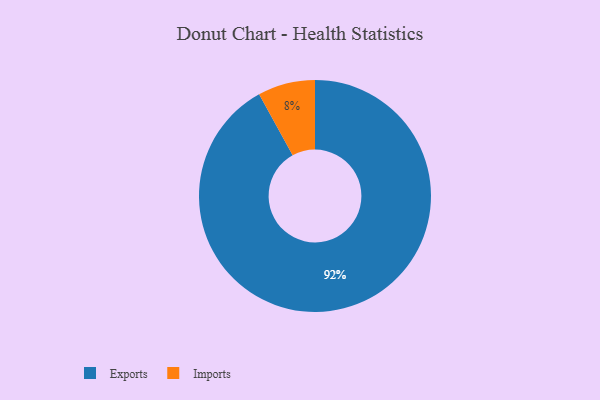
{"axis": {"x": "Category", "y": "Percentage"}, "legend": ["Exports", "Imports"], "data": [{"x": "Exports", "y": 92, "type": "Exports"}, {"x": "Imports", "y": 8, "type": "Imports"}]}